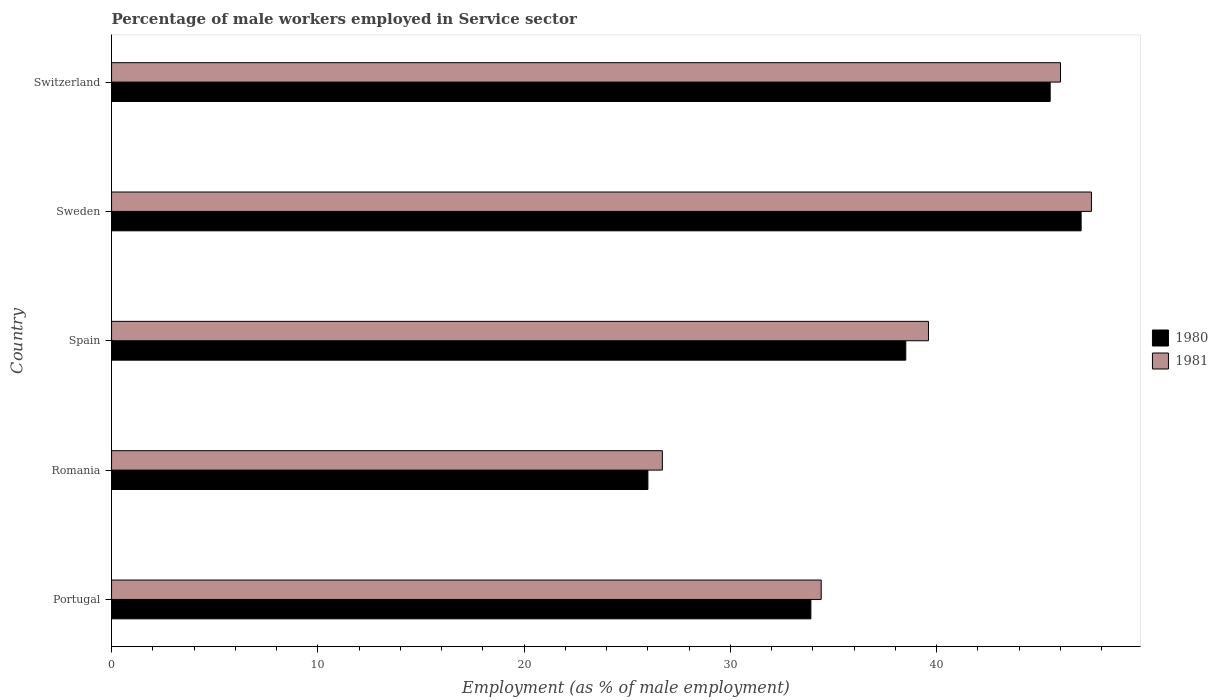
| Country | 1980 | 1981 |
 | --- | --- | --- |
 | Portugal | 33.9 | 34.4 |
 | Romania | 26 | 26.7 |
 | Spain | 38.5 | 39.6 |
 | Sweden | 47 | 47.5 |
 | Switzerland | 45.5 | 46 |